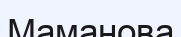
Маманова